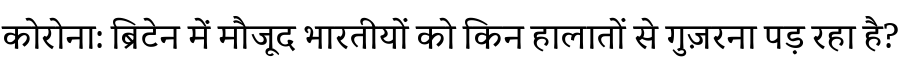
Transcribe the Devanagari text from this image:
कोरोना: ब्रिटेन में मौजूद भारतीयों को किन हालातों से गुज़रना पड़ रहा है?